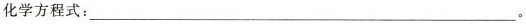
化学方程式：___。